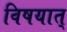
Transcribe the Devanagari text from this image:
विषयात्